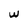
Character: w